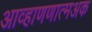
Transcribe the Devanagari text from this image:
आव्हाणणात्मअक